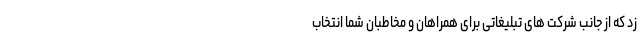
زد که از جانب شرکت های تبلیغاتی برای همراهان و مخاطبان شما انتخاب